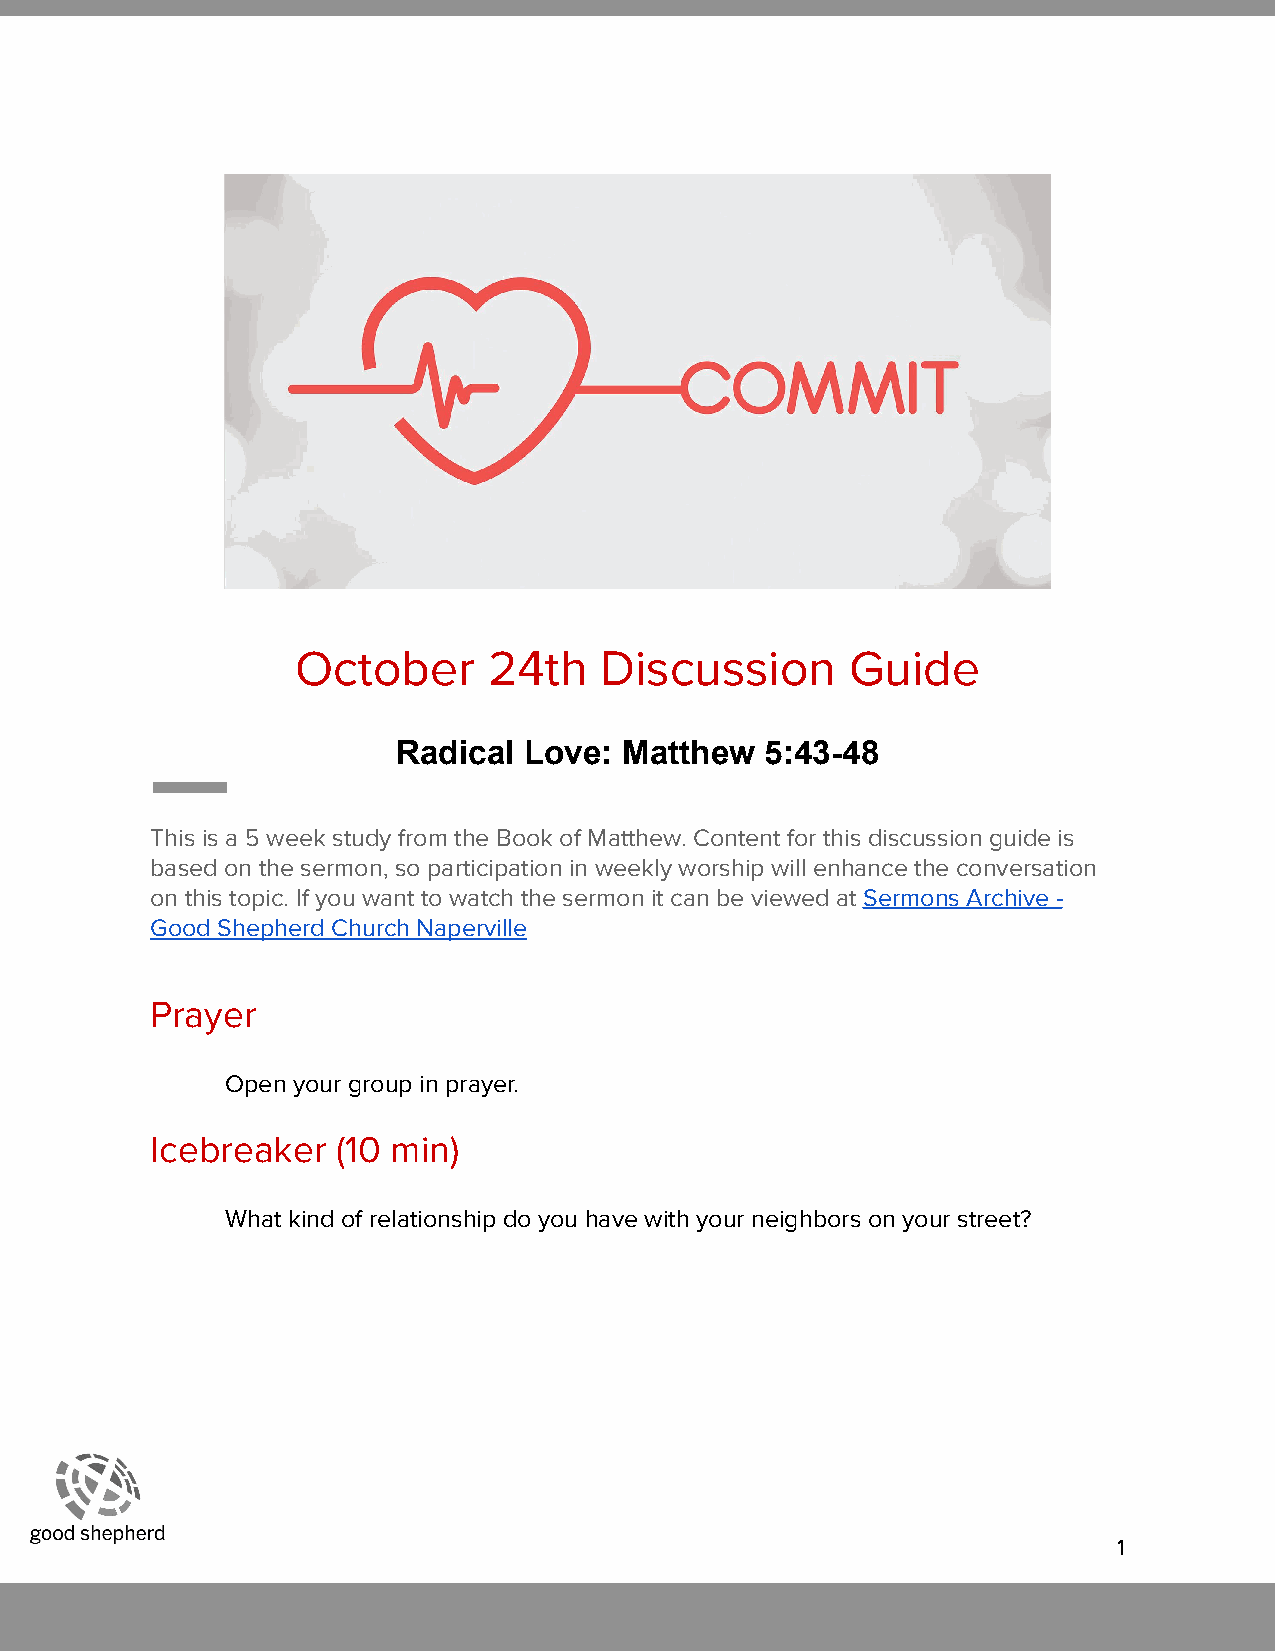
October     24th    Discussion      Guide
 Radical  Love: Matthew   5:43-48
 This is a 5 week study from the Book of Matthew. Content for this discussion guide is
 based on the sermon, so participation in weekly worship will enhance the conversation
 on this topic. If you want to watch the sermon it can be viewed at Sermons Archive -
 Good Shepherd Church Naperville
 Prayer
 Open your group in prayer.
 Icebreaker  (10 min)
 What kind of relationship do you have with your neighbors on your street?
 1